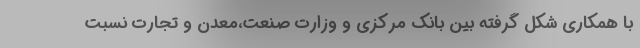
با همکاری شکل گرفته بین بانک مرکزی و وزارت صنعت،معدن و تجارت نسبت